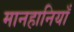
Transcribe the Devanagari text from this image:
मानहानियाँ